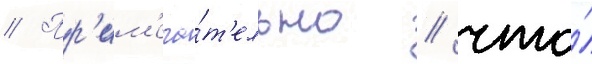
// Пр'им'еча́т'ельно / что́